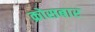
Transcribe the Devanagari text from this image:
क्रोसबार